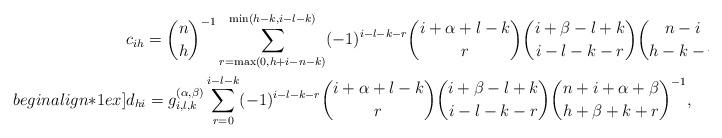
LaTeX: \begin{align*}&c_{ih} = \binom{n}{h}^{-1}\sum_{r=\max(0,h+i-n-k)}^{\min(h-k,i-l-k)}(-1)^{i-l-k-r}\binom{i+\alpha+l-k}{r}\binom{i+\beta-l+k}{i-l-k-r}\binom{n-i}{h-k-r},\\begin{align*}1ex]&d_{hi} = g_{i,l,k}^{(\alpha,\beta)}\sum_{r=0}^{i-l-k}(-1)^{i-l-k-r}\binom{i+\alpha+l-k}{r}\binom{i+\beta-l+k}{i-l-k-r}\binom{n+i+\alpha+\beta}{h+\beta+k+r}^{-1},\end{align*}